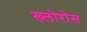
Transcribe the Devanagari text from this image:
ख्लोरोस